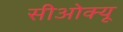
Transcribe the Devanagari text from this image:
सीओक्यू